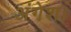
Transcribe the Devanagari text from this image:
अंगेश।